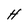
Character: H